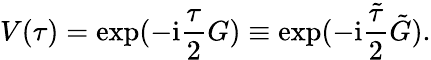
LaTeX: V(\tau)=\exp(-\mathrm{i}\frac{\tau}{2}G)\equiv\exp(-\mathrm{i}\frac{\tilde{\tau}}{2}\tilde{G}).